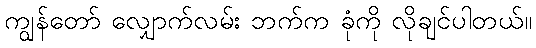
ကျွန်တော် လျှောက်လမ်း ဘက်က ခုံကို လိုချင်ပါတယ်။